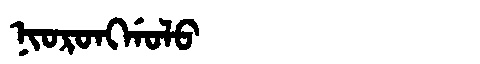
Manchu: ᠨᡳᠣᡵᠣᠩᡤᠣᠯᠣ
Romanization: NIORONGGOLO